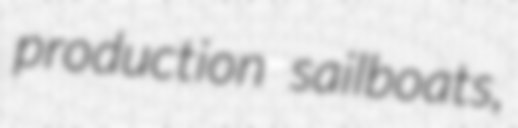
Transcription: production sailboats,